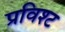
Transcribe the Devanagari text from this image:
प्रविश्ट